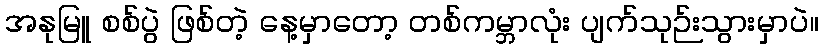
အနုမြူ စစ်ပွဲ ဖြစ်တဲ့ နေ့မှာတော့ တစ်ကမ္ဘာလုံး ပျက်သုဉ်းသွားမှာပဲ။